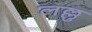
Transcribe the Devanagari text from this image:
लल्लु